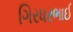
ગિરધરભાઈ